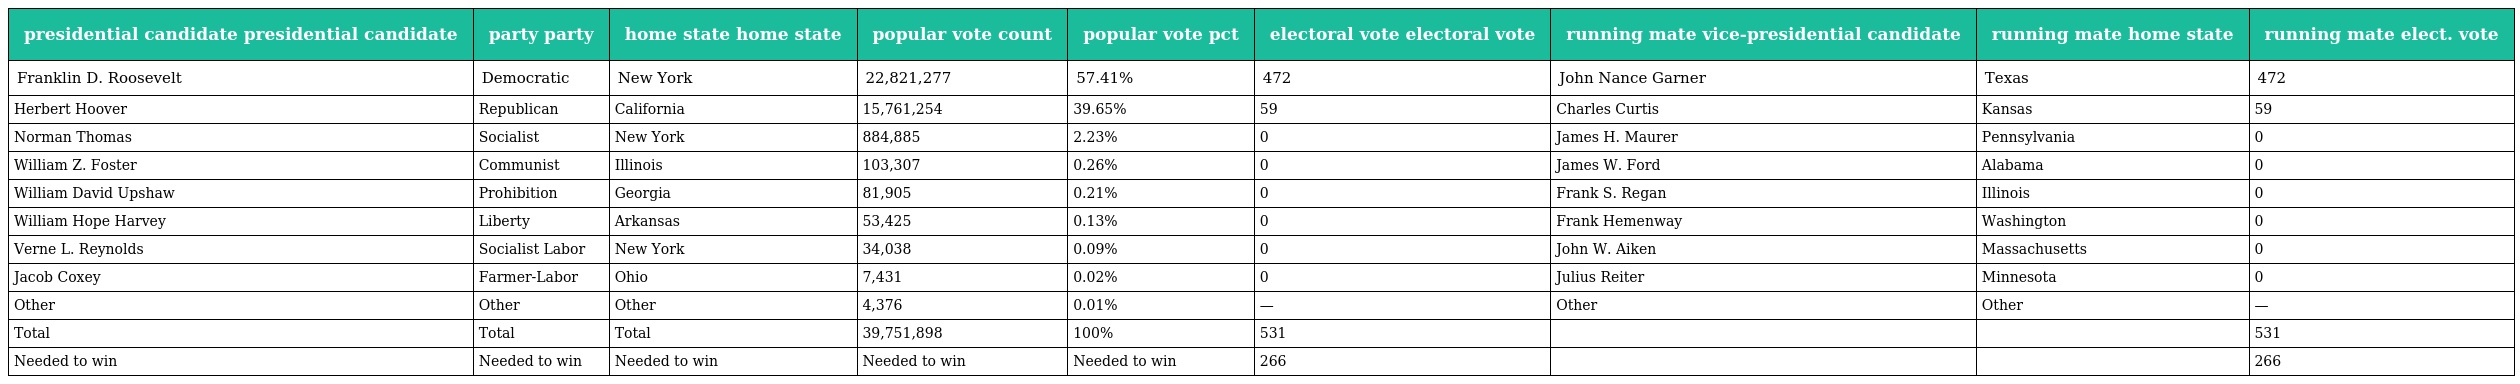
| presidential candidate presidential candidate | party party | home state home state | popular vote count | popular vote pct | electoral vote electoral vote | running mate vice-presidential candidate | running mate home state | running mate elect. vote |
 | --- | --- | --- | --- | --- | --- | --- | --- | --- |
 | Franklin D. Roosevelt | Democratic | New York | 22,821,277 | 57.41% | 472 | John Nance Garner | Texas | 472 |
 | Herbert Hoover | Republican | California | 15,761,254 | 39.65% | 59 | Charles Curtis | Kansas | 59 |
 | Norman Thomas | Socialist | New York | 884,885 | 2.23% | 0 | James H. Maurer | Pennsylvania | 0 |
 | William Z. Foster | Communist | Illinois | 103,307 | 0.26% | 0 | James W. Ford | Alabama | 0 |
 | William David Upshaw | Prohibition | Georgia | 81,905 | 0.21% | 0 | Frank S. Regan | Illinois | 0 |
 | William Hope Harvey | Liberty | Arkansas | 53,425 | 0.13% | 0 | Frank Hemenway | Washington | 0 |
 | Verne L. Reynolds | Socialist Labor | New York | 34,038 | 0.09% | 0 | John W. Aiken | Massachusetts | 0 |
 | Jacob Coxey | Farmer-Labor | Ohio | 7,431 | 0.02% | 0 | Julius Reiter | Minnesota | 0 |
 | Other | Other | Other | 4,376 | 0.01% | — | Other | Other | — |
 | Total | Total | Total | 39,751,898 | 100% | 531 |  |  | 531 |
 | Needed to win | Needed to win | Needed to win | Needed to win | Needed to win | 266 |  |  | 266 |